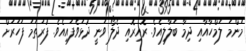
މަންމަ ލަމްހާއާއި ދިމާ ބަލާލިއެވެ. ރޮއިރޮއި ދެލޯ ވަނީ ދުޅަވެފައިއެވެ. ފުރަތަމަ ފަހަރަށް